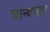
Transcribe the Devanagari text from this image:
चान्दभार